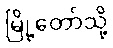
မြို့တော်သို့